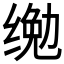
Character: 𱺨